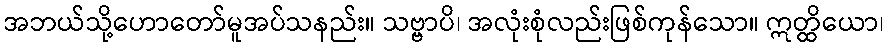
အဘယ်သို့ဟောတော်မူအပ်သနည်း။ သဗ္ဗာပိ၊ အလုံးစုံလည်းဖြစ်ကုန်သော။ ဣတ္ထိယော၊